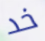
خد